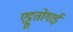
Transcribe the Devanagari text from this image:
एट्टुतोगाई